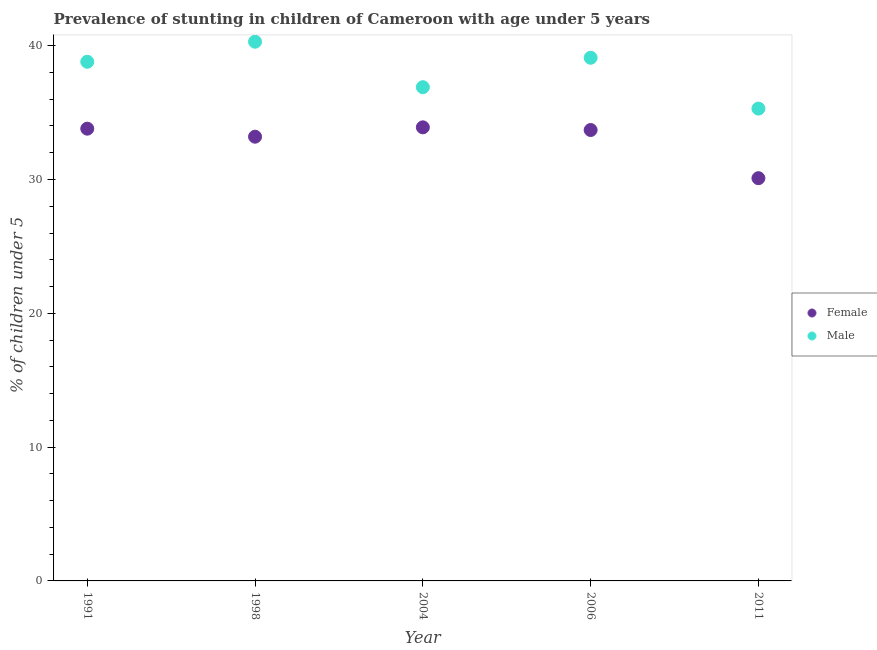
| Year | Female | Male |
 | --- | --- | --- |
 | 1991 | 33.8 | 38.8 |
 | 1998 | 33.2 | 40.3 |
 | 2004 | 33.9 | 36.9 |
 | 2006 | 33.7 | 39.1 |
 | 2011 | 30.1 | 35.3 |